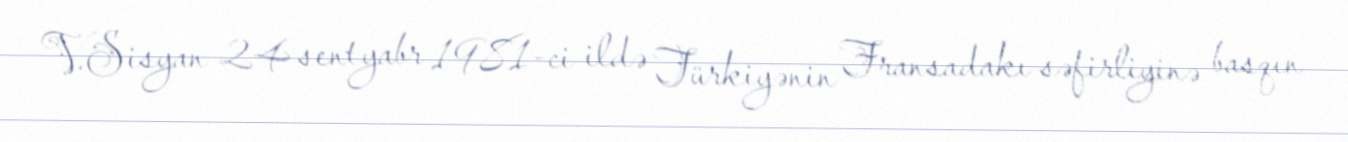
V.Sisyan 24 sentyabr 1981-ci ildə Türkiyənin Fransadakı səfirliyinə basqın